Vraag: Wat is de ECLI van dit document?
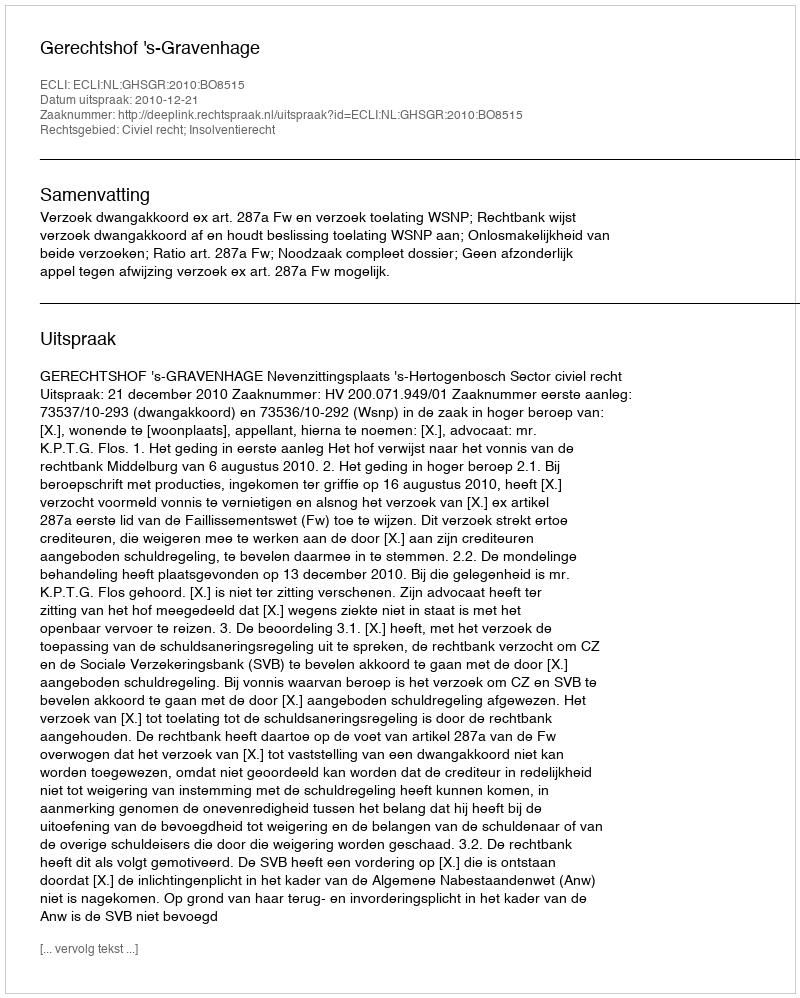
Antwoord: ECLI:NL:GHSGR:2010:BO8515